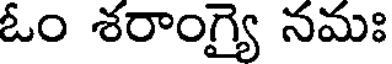
ఓం శరాంగ్యై నమః